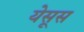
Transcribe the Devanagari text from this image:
येसूस